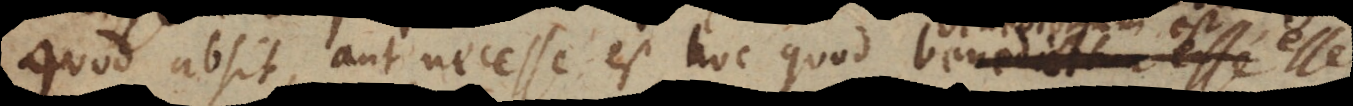
quod absit, aut necesse est hoc quod benedictum